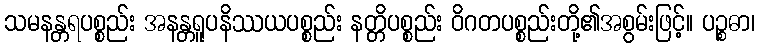
သမနန္တရပစ္စည်း အနန္တရူပနိဿယပစ္စည်း နတ္တိပစ္စည်း ဝိဂတပစ္စည်းတို့၏အစွမ်းဖြင့်။ ပဉ္စဓာ၊